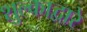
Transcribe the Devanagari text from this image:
शुल्काद्वारे